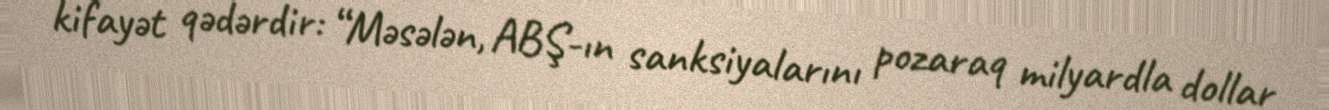
kifayət qədərdir: “Məsələn, ABŞ-ın sanksiyalarını pozaraq milyardla dollar